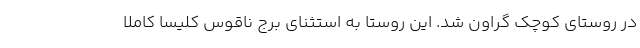
در روستای کوچک گراون شد. این روستا به استثنای برج ناقوس کلیسا کاملاً